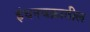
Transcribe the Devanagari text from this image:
इंधनचक्रातील